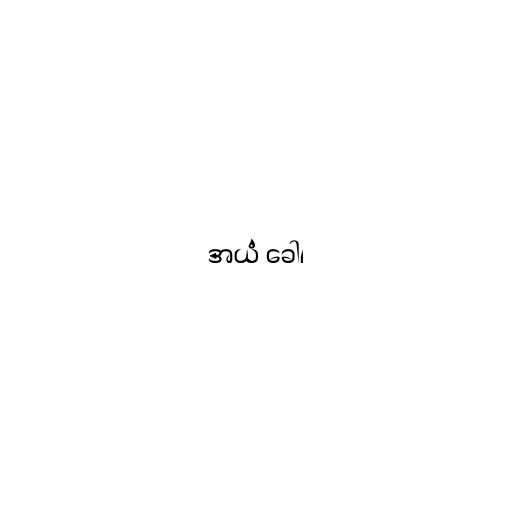
အယံ ခေါ၊